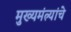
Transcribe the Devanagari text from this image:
मुख्यमंत्र्यांचे